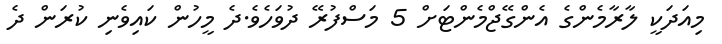
މިއަދަކީ ލާރާމެންގެ އެންގޭޖްމެންޓަށް 5 މަސްފުރޭ ދުވަހެވެ.ދެ މީހުން ކައިވެނި ކުރަން ދެ